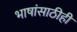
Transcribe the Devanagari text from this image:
भाषांसाठीही